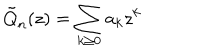
LaTeX: \tilde { Q } _ { n } ( z ) = \sum _ { k \geq 0 } a _ { k } z ^ { k }